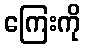
ကြေးကို